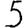
Digit: 5